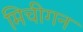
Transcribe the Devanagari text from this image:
मिचीगन